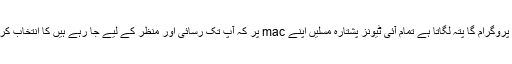
پھر پروگرام گا پتہ لگاتا ہے تمام آئی ٹیونز پشتارہ مسلیں اپنے mac پر کہ آپ تک رسائی اور منظر کے لیے جا رہے ہیں کا انتخاب کریں ۔